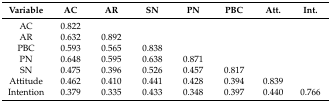
<table><thead><tr><td><b>Variable</b></td><td><b>AC</b></td><td><b>AR</b></td><td><b>SN</b></td><td><b>PN</b></td><td><b>PBC</b></td><td><b>Att.</b></td><td><b>Int.</b></td></tr></thead><tbody><tr><td>AC</td><td>0.822</td><td></td><td></td><td></td><td></td><td></td><td></td></tr><tr><td>AR</td><td>0.632</td><td>0.892</td><td></td><td></td><td></td><td></td><td></td></tr><tr><td>PBC</td><td>0.593</td><td>0.565</td><td>0.838</td><td></td><td></td><td></td><td></td></tr><tr><td>PN</td><td>0.648</td><td>0.595</td><td>0.638</td><td>0.871</td><td></td><td></td><td></td></tr><tr><td>SN</td><td>0.475</td><td>0.396</td><td>0.526</td><td>0.457</td><td>0.817</td><td></td><td></td></tr><tr><td>Attitude</td><td>0.462</td><td>0.410</td><td>0.441</td><td>0.428</td><td>0.394</td><td>0.839</td><td></td></tr><tr><td>Intention</td><td>0.379</td><td>0.335</td><td>0.433</td><td>0.348</td><td>0.397</td><td>0.440</td><td>0.766</td></tr></tbody></table>